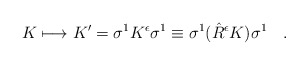
\begin{align*}K \longmapsto K' = \sigma^{1} K^{\epsilon} \sigma^{1} \equiv \sigma^{1}(\hat{R}^{\epsilon} K) \sigma^{1} \quad .\end{align*}